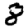
Digit: 8